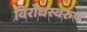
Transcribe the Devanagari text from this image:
विरोधस्वरुप